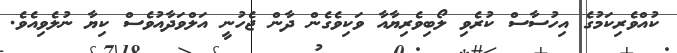
ކުއްވެރިކަމުގެ އިހުސާސް ކުރެވި ލޯބިވެރިޔާއާ ވަކިވެގެން ދާން ޖެހުނީ އަލްވަދާއުވެސް ކިޔާ ނުލެވިއެވެ.